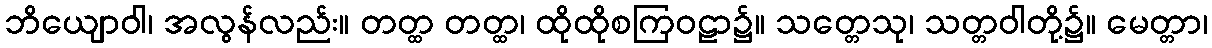
ဘိယျောဝါ၊ အလွန်လည်း။ တတ္ထ တတ္ထ၊ ထိုထိုစကြဝဠာ၌။ သတ္တေသု၊ သတ္တဝါတို့၌။ မေတ္တာ၊